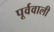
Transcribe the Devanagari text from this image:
पूर्ववाली